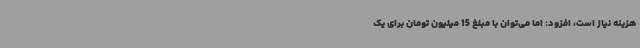
هزینه نیاز است، افزود: اما می‌توان با مبلغ 15 میلیون تومان برای یک